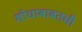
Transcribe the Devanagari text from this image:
शोधाबाबतची